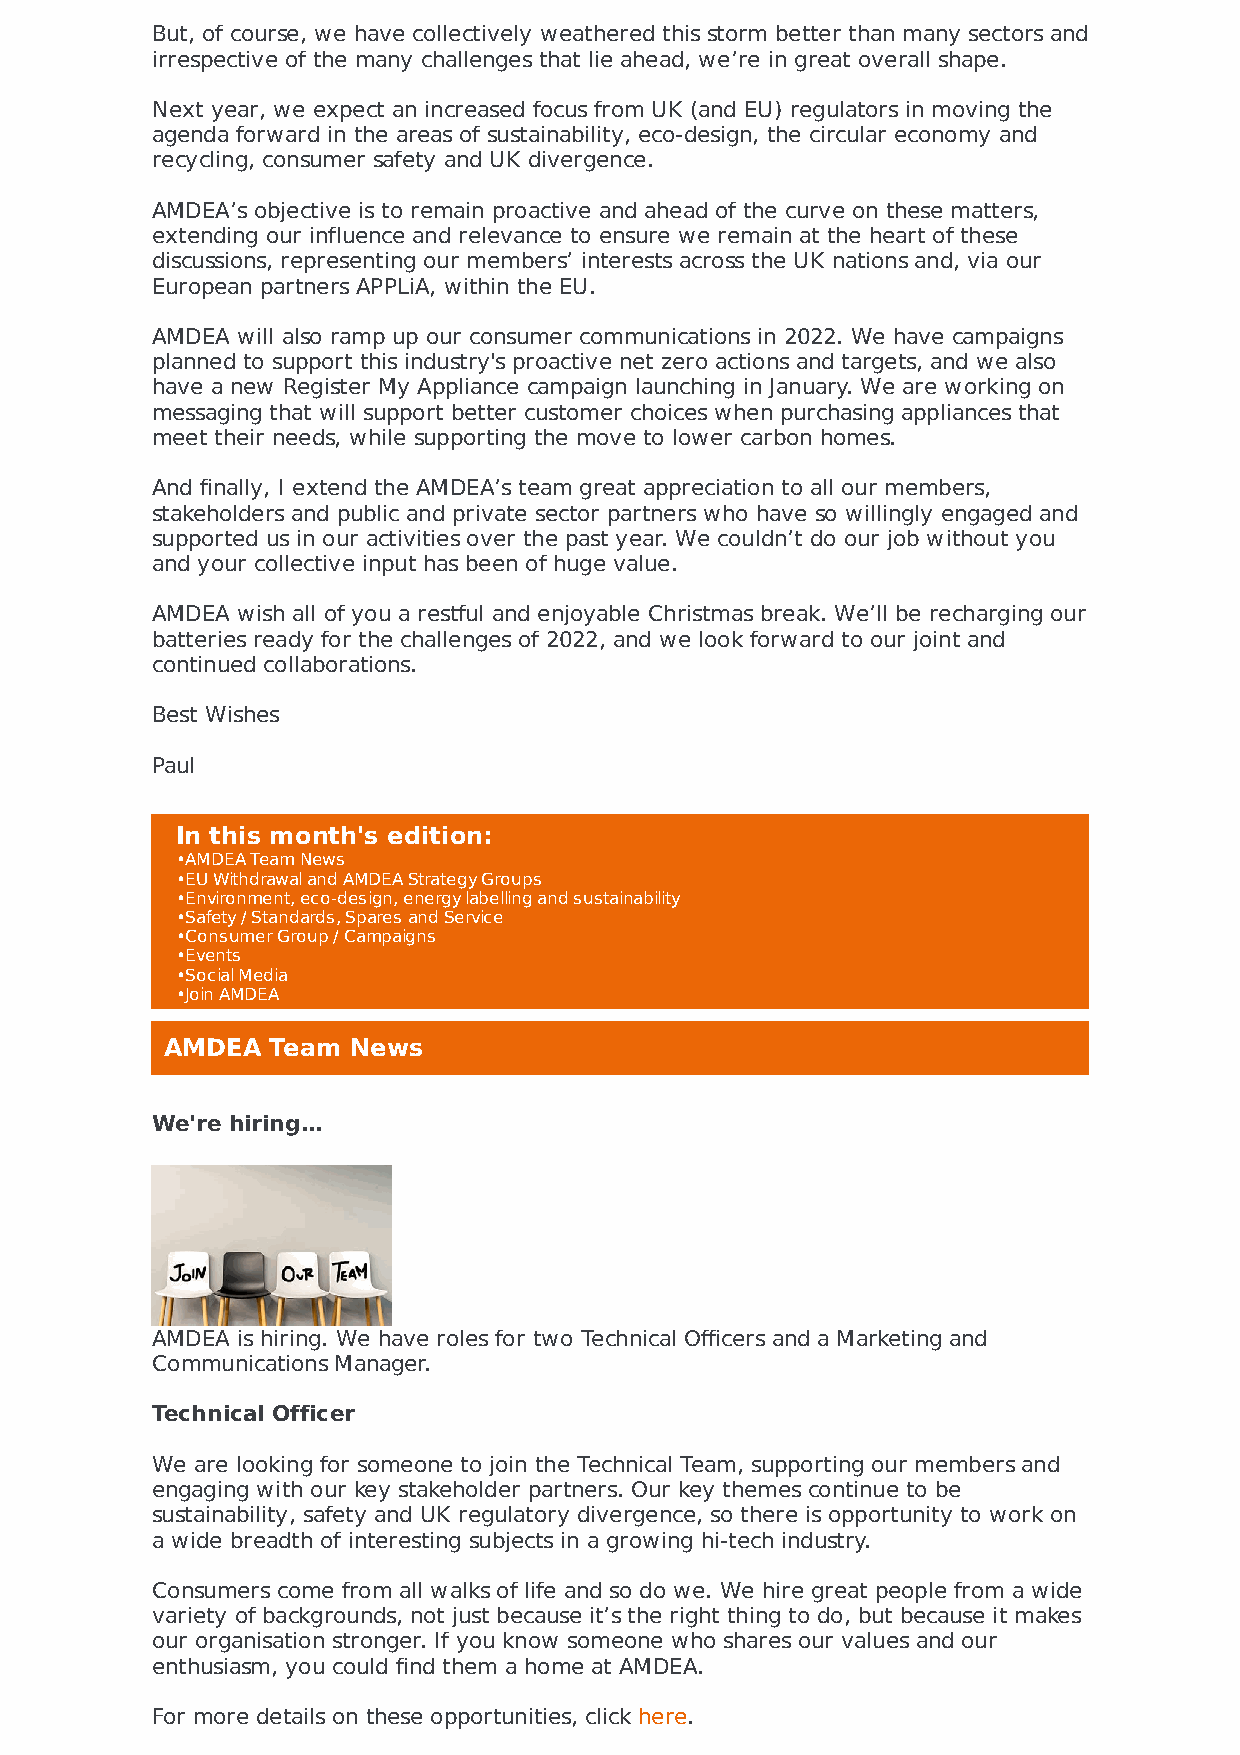
But, of course, we have collectively weathered this storm better than many sectors and
 irrespective of the many challenges that lie ahead, we’re in great overall shape.
 Next year, we expect an increased focus from UK (and EU) regulators in moving the
 agenda forward in the areas of sustainability, eco-design, the circular economy and
 recycling, consumer safety and UK divergence.
 AMDEA’s objective is to remain proactive and ahead of the curve on these matters,
 extending our influence and relevance to ensure we remain at the heart of these
 discussions, representing our members’ interests across the UK nations and, via our
 European partners APPLiA, within the EU.
 AMDEA will also ramp up our consumer communications in 2022. We have campaigns
 planned to support this industry's proactive net zero actions and targets, and we also
 have a new Register My Appliance campaign launching in January. We are working on
 messaging that will support better customer choices when purchasing appliances that
 meet their needs, while supporting the move to lower carbon homes.
 And finally, I extend the AMDEA’s team great appreciation to all our members,
 stakeholders and public and private sector partners who have so willingly engaged and
 supported us in our activities over the past year. We couldn’t do our job without you
 and your collective input has been of huge value.
 AMDEA wish all of you a restful and enjoyable Christmas break. We’ll be recharging our
 batteries ready for the challenges of 2022, and we look forward to our joint and
 continued collaborations.
 Best Wishes
 Paul
 In this month's edition:
 •AMDEA Team News
 •EU Withdrawal and AMDEA Strategy Groups
 •Environment, eco-design, energy labelling and sustainability
 •Safety / Standards, Spares and Service
 •Consumer Group / Campaigns
 •Events
 •Social Media
 •Join AMDEA
 AMDEA  Team News
 We're hiring…
 AMDEA is hiring. We have roles for two Technical Officers and a Marketing and
 Communications Manager.
 Technical Officer
 We are looking for someone to join the Technical Team, supporting our members and
 engaging with our key stakeholder partners. Our key themes continue to be
 sustainability, safety and UK regulatory divergence, so there is opportunity to work on
 a wide breadth of interesting subjects in a growing hi-tech industry.
 Consumers come from all walks of life and so do we. We hire great people from a wide
 variety of backgrounds, not just because it’s the right thing to do, but because it makes
 our organisation stronger. If you know someone who shares our values and our
 enthusiasm, you could find them a home at AMDEA.
 For more details on these opportunities, click here.